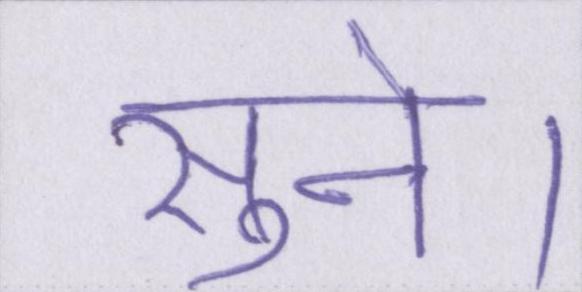
सुने।